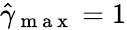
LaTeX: \hat{\gamma}_{\mathrm{~m~a~x~}}=1